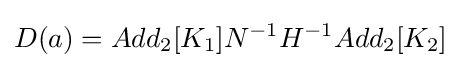
D(a)=Add_{2}[K_{1}]N^{-1}H^{-1}Add_{2}[K_{2}]